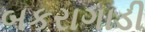
બકરાગાડી